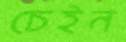
চেইন